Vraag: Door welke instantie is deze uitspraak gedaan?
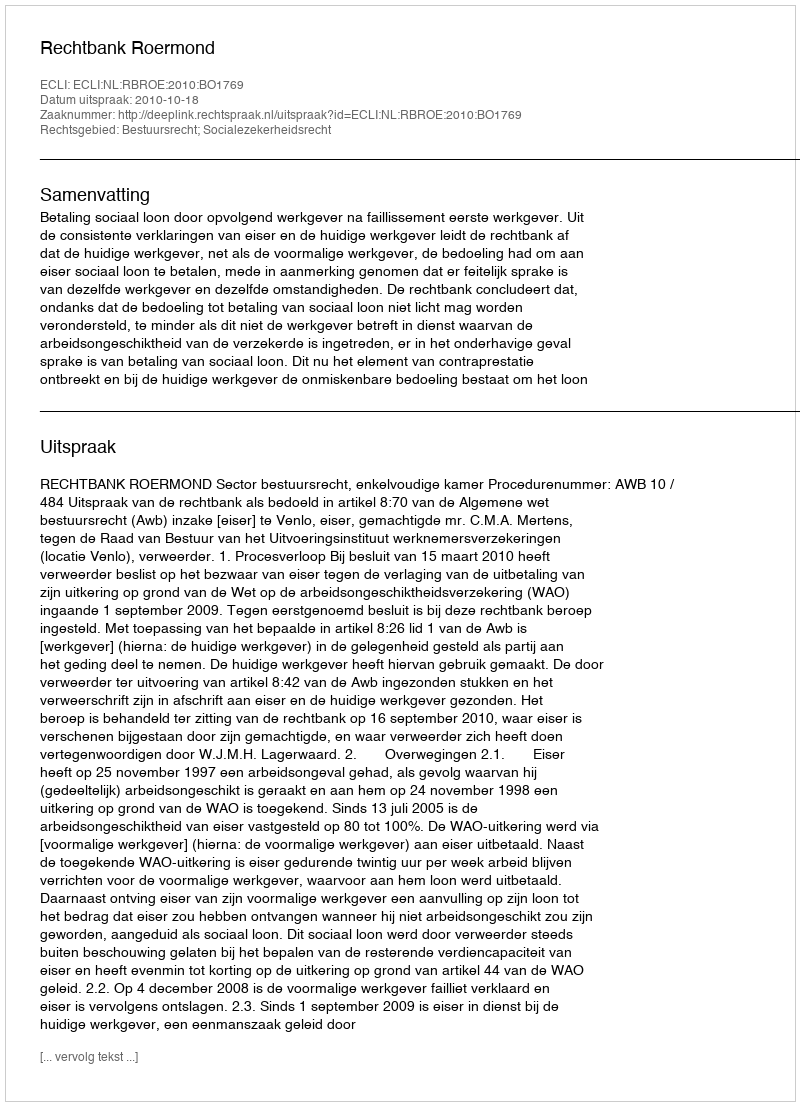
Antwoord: Rechtbank Roermond